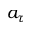
a _ { \tau }